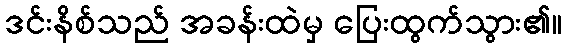
ဒင်းနိစ်သည် အခန်းထဲမှ ပြေးထွက်သွား၏။